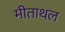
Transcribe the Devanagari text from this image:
मीताथल